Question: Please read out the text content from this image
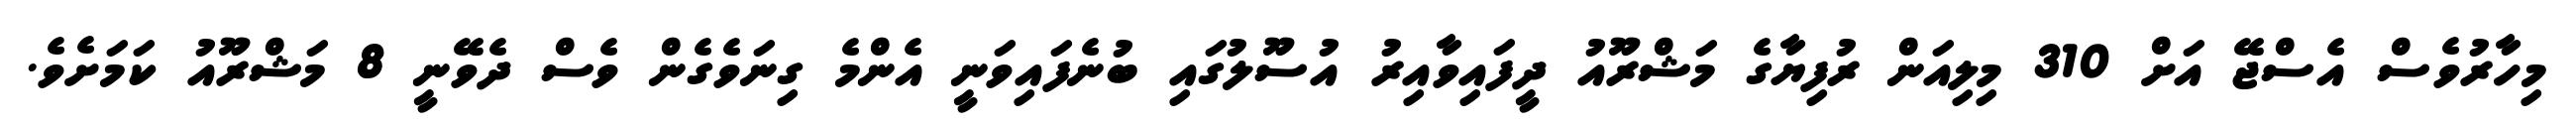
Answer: މިހާރުވެސް އެސްޖޭ އަށް 310 މިލިއަން ރުފިޔާގެ މަޝްރޫއު ދީފައިވާއިރު އުސޫލުގައި ބުނެފައިވަނީ އެންމެ ގިނަވެގެން ވެސް ދެވޭނީ 8 މަޝްރޫއު ކަމަށެވެ.